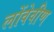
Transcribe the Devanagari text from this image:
लोंवेवीण